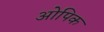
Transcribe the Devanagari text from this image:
ओपिक